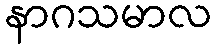
နာဂသမာလ